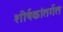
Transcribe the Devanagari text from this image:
शीर्षकांतर्गत